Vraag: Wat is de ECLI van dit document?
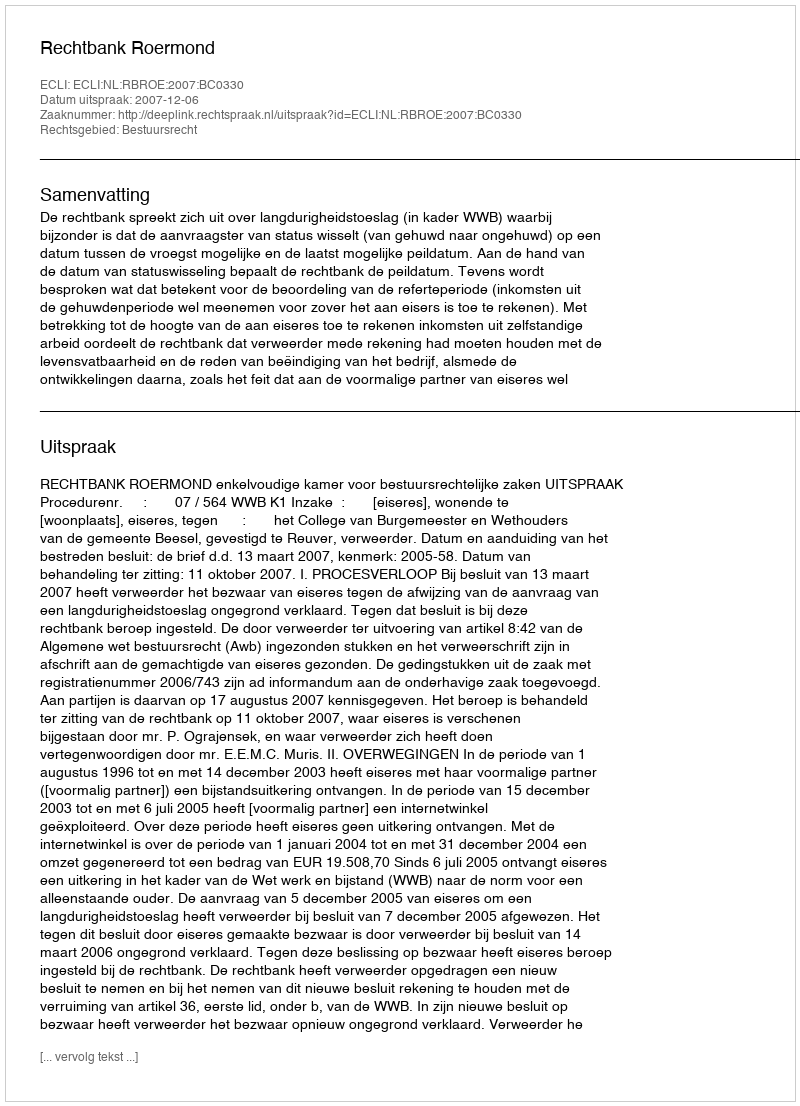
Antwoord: ECLI:NL:RBROE:2007:BC0330